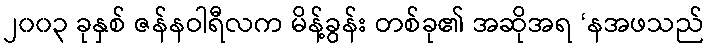
၂၀၀၃ ခုနှစ် ဇန်နဝါရီလက မိန့်ခွန်း တစ်ခု၏ အဆိုအရ ‘နအဖသည်